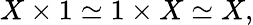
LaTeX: X\times 1\simeq 1\times X\simeq X,